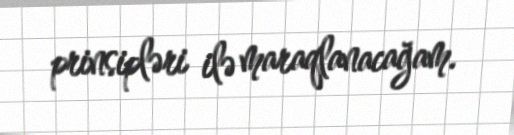
prinsipləri ilə maraqlanacağam.